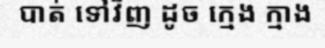
បាត់ ទៅវិញ ដូច ក្មេង ក្មាង